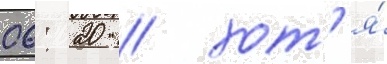
06: 20 / хот'я́